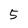
Character: 5